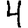
Digit: 4